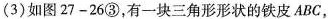
(3)如图27-26③，有一块三角形形状的铁皮ABC，